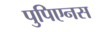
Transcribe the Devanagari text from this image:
पुपिएनस